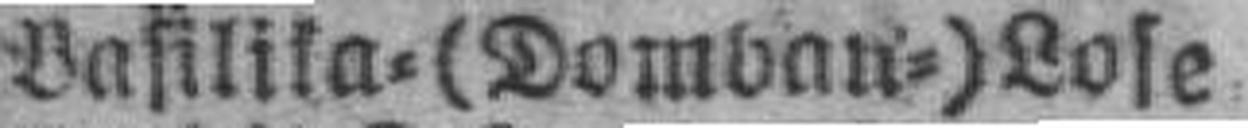
Basilika=(Dombau=) Lose